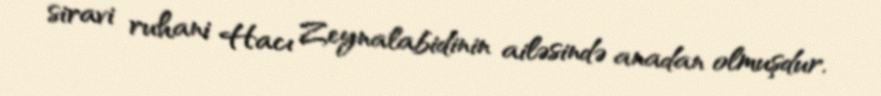
siravi ruhani Hacı Zeynalabidinin ailəsində anadan olmuşdur.